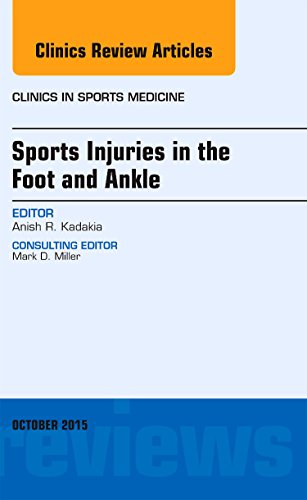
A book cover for Sports Injuries in the Foot and Ankle, An Issue of Clinics in Sports Medicine, 1e (The Clinics: Orthopedics); Anish R. Kadakia MD; Medical Books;